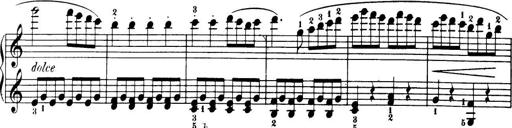
Title: 32 Sonatinas and Rondos for the Piano
Composer: Richard Kleinmichel